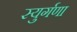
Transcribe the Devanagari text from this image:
स्युर्गणा